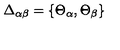
\Delta _ { \alpha \beta } = \{ \Theta _ { \alpha } , \Theta _ { \beta } \}